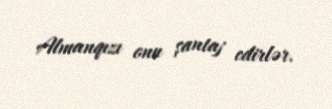
Almanqızı onu şantaj edirlər.